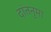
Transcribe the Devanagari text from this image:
दांतनुमा